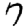
Digit: 7